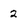
Character: 2